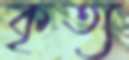
কৃত্য